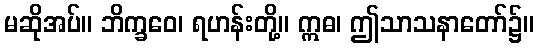
မဆိုအပ်။ ဘိက္ခဝေ၊ ရဟန်းတို့။ ဣဓ၊ ဤသာသနာတော်၌။